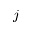
j